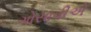
ગોસાવીએ